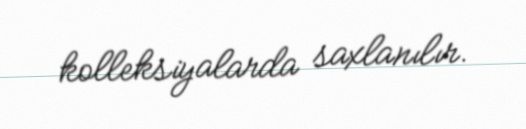
kolleksiyalarda saxlanılır.